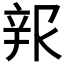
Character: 𰺦